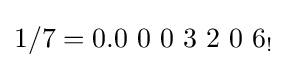
1/7=0.0\ 0\ 0\ 3\ 2\ 0\ 6_{!}